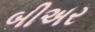
બીઅર